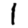
Digit: 1